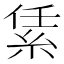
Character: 䋕